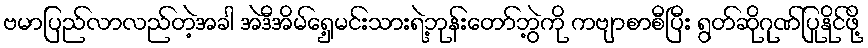
ဗမာပြည်လာလည်တဲ့အခါ အဲဒီအိမ်ရှေ့မင်းသားရဲ့ဘုန်းတော်ဘွဲ့ကို ကဗျာစာစီပြီး ရွတ်ဆိုဂုဏ်ပြုနိုင်ဖို့